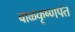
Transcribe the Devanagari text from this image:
बाळकृष्णपंत